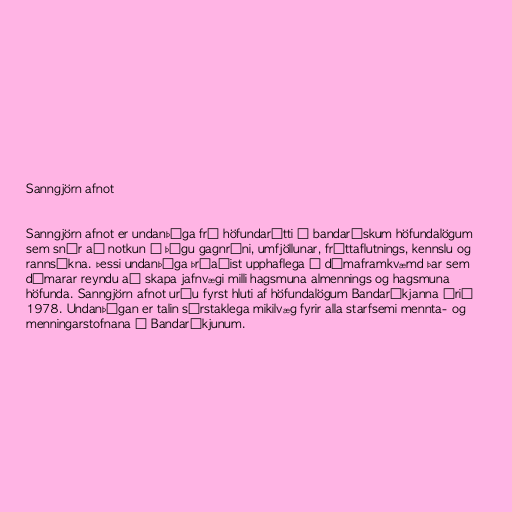
Sanngjörn afnot

Sanngjörn afnot er undanþága frá höfundarétti í bandarískum höfundalögum
sem snýr að notkun í þágu gagnrýni, umfjöllunar, fréttaflutnings, kennslu og
rannsókna. Þessi undanþága þróaðist upphaflega í dómaframkvæmd þar sem
dómarar reyndu að skapa jafnvægi milli hagsmuna almennings og hagsmuna
höfunda. Sanngjörn afnot urðu fyrst hluti af höfundalögum Bandaríkjanna árið
1978. Undanþágan er talin sérstaklega mikilvæg fyrir alla starfsemi mennta- og
menningarstofnana í Bandaríkjunum.